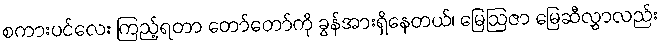
စကားပင်လေး ကြည့်ရတာ တော်တော်ကို ခွန်အားရှိနေတယ်၊ မြေဩဇာ မြေဆီလွှာလည်း